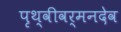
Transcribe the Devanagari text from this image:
पृथ्वीवर्मनदेव